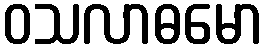
ဝသလာဓမော